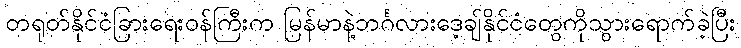
တရုတ်နိုင်ငံခြားရေးဝန်ကြီးက မြန်မာနဲ့ဘင်္ဂလားဒေ့ချ်နိုင်ငံတွေကိုသွားရောက်ခဲ့ပြီး